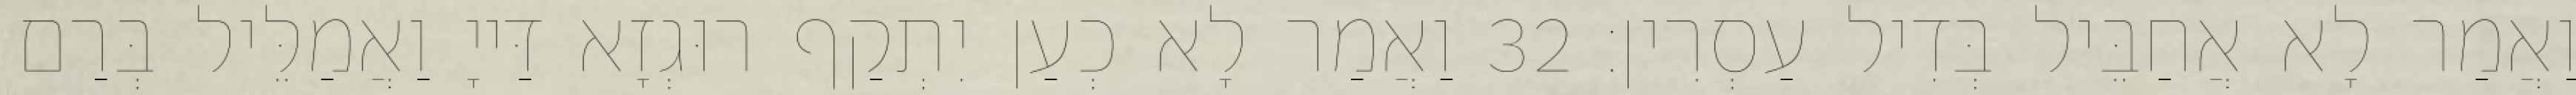
וַאֲמַר לָא אֲחַבֵּיל בְּדִיל עַסְרִין׃ 32 וַאֲמַר לָא כְעַן יִתְקַף רוּגְזָא דַּייָ וַאֲמַלֵּיל בְּרַם